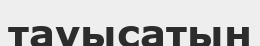
тауысатын